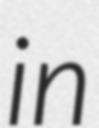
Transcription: in